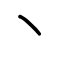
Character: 丶